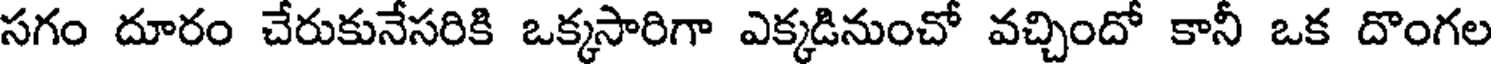
సగం దూరం చేరుకునేసరికి ఒక్కసారిగా ఎక్కడినుంచో వచ్చిందో కానీ ఒక దొంగల